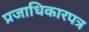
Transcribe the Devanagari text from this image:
प्रजाधिकारपत्र